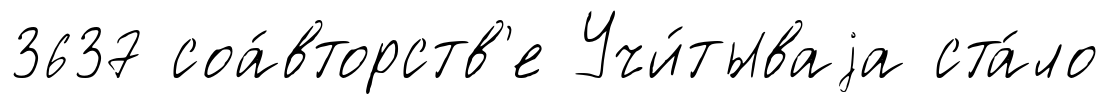
3637 соа́вторств'е Учи́тываjа ста́ло